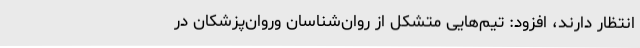
انتظار دارند، افزود: تیم‌هایی متشکل از روان‌شناسان وروان‌پزشکان در